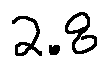
2 . 8